Leaving Certificate Examination (including Day School Certificate (Higher) General paper), 1926
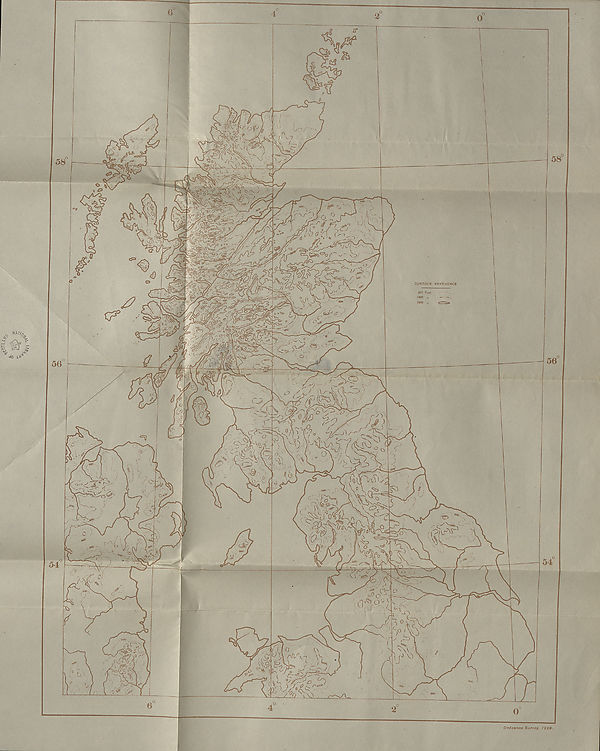
SKETCH-MAP OF THE INDIAN OCEAN
mER GEOG.
(MAPS.)
LEAVING CERTIFICATE EXAMINATION, 1926
GEOGRAPHY
LOWER
MAPS.
fill this in First.
Name of School
Name of Pupil-
TO BE PINNED INSIDE THE CANDIDATE’S BOOK OF ANSWERS
AND THUS SENT TO THE DEPARTMENT.
[OVER